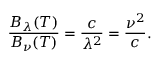
{ \frac { B _ { \lambda } ( T ) } { B _ { \nu } ( T ) } } = { \frac { c } { \lambda ^ { 2 } } } = { \frac { \nu ^ { 2 } } { c } } .